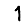
Digit: 1